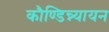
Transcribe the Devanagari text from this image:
कौण्डिन्न्यायन